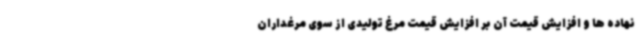
نهاده ها و افزایش قیمت آن بر افزایش قیمت مرغ تولیدی از سوی مرغداران